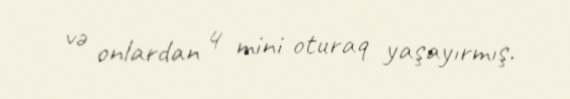
və onlardan 4 mini oturaq yaşayırmış.